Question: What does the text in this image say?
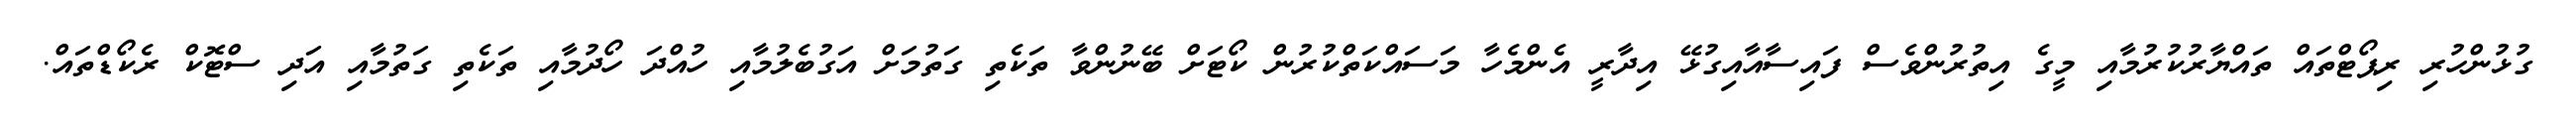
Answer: ގުޅުންހުރި ރިޕޯޓްތައް ތައްޔާރުކުރުމާއި މީގެ އިތުރުންވެސް ފައިސާއާއިގުޅޭ އިދާރީ އެންމެހާ މަސައްކަތްކުރުން ކޯޓަށް ބޭނުންވާ ތަކެތި ގަތުމަށް އަގުބެލުމާއި ހުއްދަ ހޯދުމާއި ތަކެތި ގަތުމާއި އަދި ސްޓޮކް ރެކޯޑްތައް.